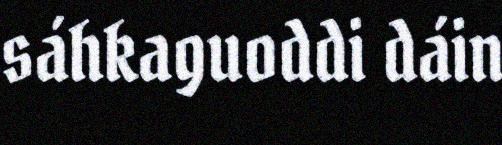
sáhkaguoddi dáin